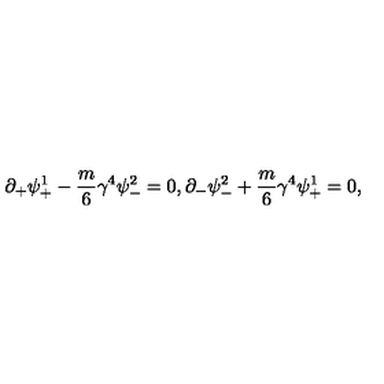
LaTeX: \partial _ { + } \psi _ { + } ^ { 1 } - \frac { m } { 6 } \gamma ^ { 4 } \psi _ { - } ^ { 2 } = 0 , \partial _ { - } \psi _ { - } ^ { 2 } + \frac { m } { 6 } \gamma ^ { 4 } \psi _ { + } ^ { 1 } = 0 ,